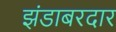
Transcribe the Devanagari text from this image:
झंडाबरदार